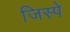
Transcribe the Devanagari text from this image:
जिस्पे